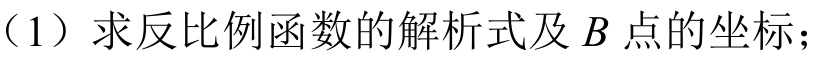
（1）求反比例函数的解析式及\(B\)点的坐标；